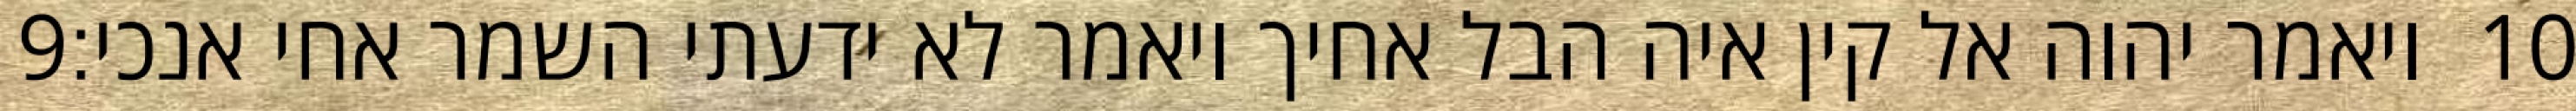
‎9‏ ויאמר יהוה אל קין איה הבל אחיך ויאמר לא ידעתי השמר אחי אנכי׃ ‎10‏